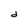
Character: d